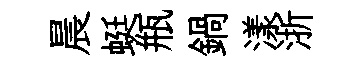
晨蜓瓶鍋漾浙